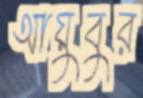
আয়ুবুর